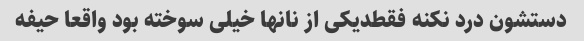
دستشون درد نکنه فقطدیکی از نانها خیلی سوخته بود واقعا حیفه